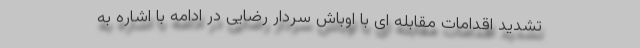
تشدید اقدامات مقابله ای با اوباش سردار رضایی در ادامه با اشاره به